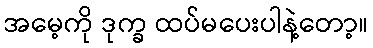
အမေ့ကို ဒုက္ခ ထပ်မပေးပါနဲ့တော့။